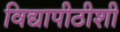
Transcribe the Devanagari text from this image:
विद्यापीठीशी